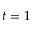
t = 1